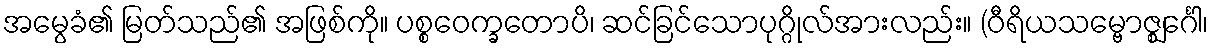
အမွေခံ၏ မြတ်သည်၏ အဖြစ်ကို။ ပစ္စဝေက္ခတောပိ၊ ဆင်ခြင်သောပုဂ္ဂိုလ်အားလည်း။ (ဝီရိယသမ္ဗောဇ္ဈင်္ဂေါ၊